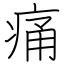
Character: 痛